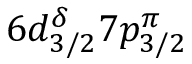
6 d _ { 3 / 2 } ^ { \delta } 7 p _ { 3 / 2 } ^ { \pi }